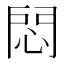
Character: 𢛀